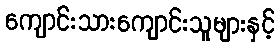
ကျောင်းသားကျောင်းသူများနှင့်